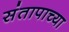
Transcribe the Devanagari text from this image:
संतापाच्या